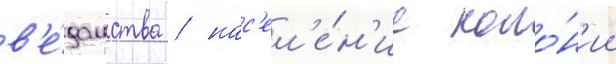
в'е́домства / нас'ел'е́н'ие коло́н'ии